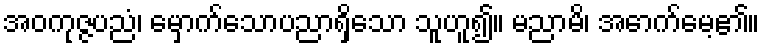
အဝကုဇ္ဇပညံ၊ မှောက်သောပညာရှိသော သူဟူ၍။ မညာမိ၊ အောက်မေ့၏။